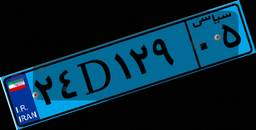
۱۶D۵۷۷۷۶